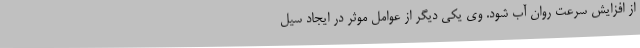
از افزایش سرعت روان آب شود. وی یکی دیگر از عوامل موثر در ایجاد سیل